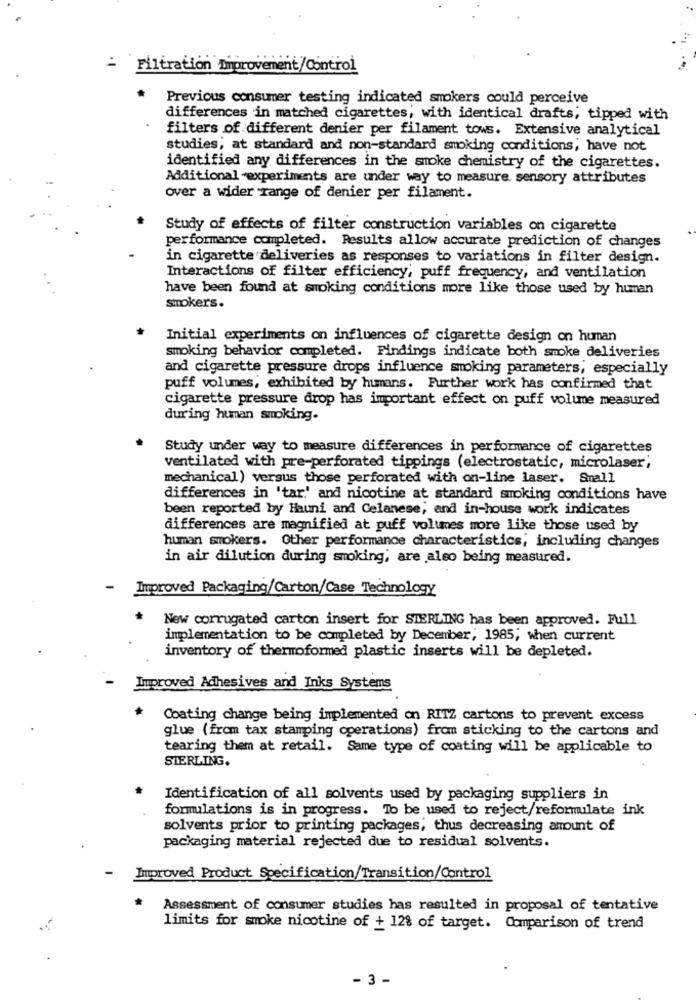
= Filtration Improvement/Control
.
Previous consumer testing indicated smokers could perceive
differences in matched cigarettes, with identical drafts; tipped with
filters of different denier per filament tows. Extensive analytical
studies, at standard and non-standard smoking conditions, have not
identified any differences in the smoke chemistry of the cigarettes.
Additional -experiments are under way to measure sensory attributes
over a wider range of denier per filament.
Study of effects of filter construction variables on cigarette
performance completed. Results allow accurate prediction of changes
in cigarette deliveries as responses to variations in filter design.
Interactions of filter efficiency, puff frequency, and ventilation
have been found at smoking conditions more like those used by human
smokers.
Initial experiments on influences of cigarette design on human
smoking behavior completed. Findings indicate both smoke deliveries
and cigarette pressure drops influence smoking parameters, especially
puff volumes, exhibited by humans. Further work has confirmed that
cigarette pressure drop has important effect on puff volume measured
during human smoking.
Study under way to measure differences in performance of cigarettes
ventilated with pre-perforated tippings (electrostatic, microlaser;
mechanical) versus those perforated with on-line laser. Small
differences in 'tar' and nicotine at standard smoking conditions have
been reported by Hauni and Celanese; and in-house work indicates
differences are magnified at puff volumes more like those used by
human smokers. Other performance characteristics, including changes
in air dilution during smoking, are also being measured.
-
Improved Packaging/Carton/Case Technology
New corrugated carton insert for STERLING has been approved. Full
implementation to be completed by December; 1985, when current
inventory of thermoformed plastic inserts will be depleted.
Improved Adhesives and Inks Systems
Coating change being implemented on RITZ cartons to prevent excess
glue (from tax stamping operations) from sticking to the cartons and
tearing them at retail. Same type of coating will be applicable to
STERLING.
Identification of all solvents used by packaging suppliers in
formulations is in progress. To be used to reject/reformulate ink
solvents prior to printing packages, thus decreasing amount of
packaging material rejected due to residual solvents.
-
Improved Product Specification/Transition/Control
Assessment of consumer studies has resulted in proposal of tentative
limits for smoke nicotine of + 12% of target. Comparison of trend
- 3 -